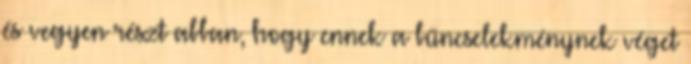
és vegyen részt abban, hogy ennek a bűncselekménynek véget